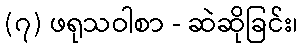
(၇) ဖရုသဝါစာ - ဆဲဆိုခြင်း၊